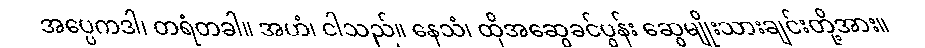
အပ္ပေကဒါ၊ တရံတခါ။ အဟံ၊ ငါသည်။ နေသံ၊ ထိုအဆွေခင်ပွန်း ဆွေမျိုးသားချင်းတို့အား။